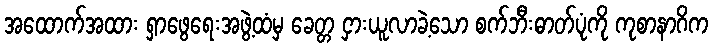
အထောက်အထား ရှာဖွေရေးအဖွဲ့ထံမှ ခေတ္တ ငှားယူလာခဲ့သော စက်ဘီးဓာတ်ပုံကို ကုစာနာဂိက